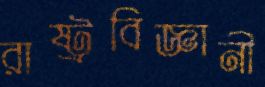
রাষ্ট্রবিজ্ঞানী